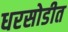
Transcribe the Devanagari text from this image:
धरसोडीत